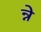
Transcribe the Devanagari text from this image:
न्ने